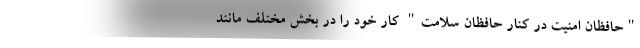
"حافظان امنیت در کنار حافظان سلامت" کار خود را در بخش مختلف مانند